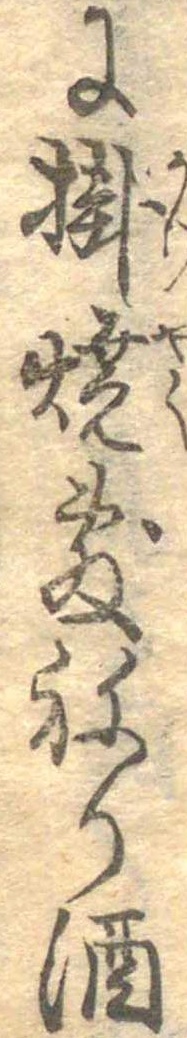
に掛焼敷ねり酒